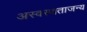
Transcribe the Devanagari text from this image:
अस्वस्थताजन्य